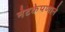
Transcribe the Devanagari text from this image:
नेटकेपणाने